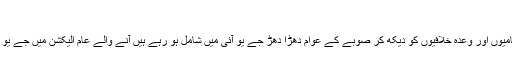
(خبر جاری ہے)
انہوں نے کہا کہ صوبائی حکومت ہر محاذ پر بُری طرح ناکام ہو چکی ہے اس حکومت کی ناکامیوں اور وعدہ خلافیوں کو دیکھ کر صوبے کے عوام دھڑا دھڑ جے یو آئی میں شامل ہو رہے ہیں آنے والے عام الیکشن میں جے یو آئی واضح اکثریت سے کامیابی حاصل کرے گی اور صوبے کا وزیر اعلیٰ جے یو آئی کا ہو گا۔